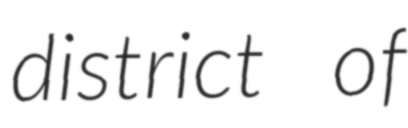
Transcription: district of